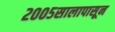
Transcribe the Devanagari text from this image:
२००५सालापासून